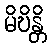
မိဎိန္တိ